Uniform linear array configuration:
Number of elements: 12
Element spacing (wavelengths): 0.75
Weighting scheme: hann
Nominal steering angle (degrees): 60
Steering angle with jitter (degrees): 61.952
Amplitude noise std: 0.05
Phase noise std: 0.05

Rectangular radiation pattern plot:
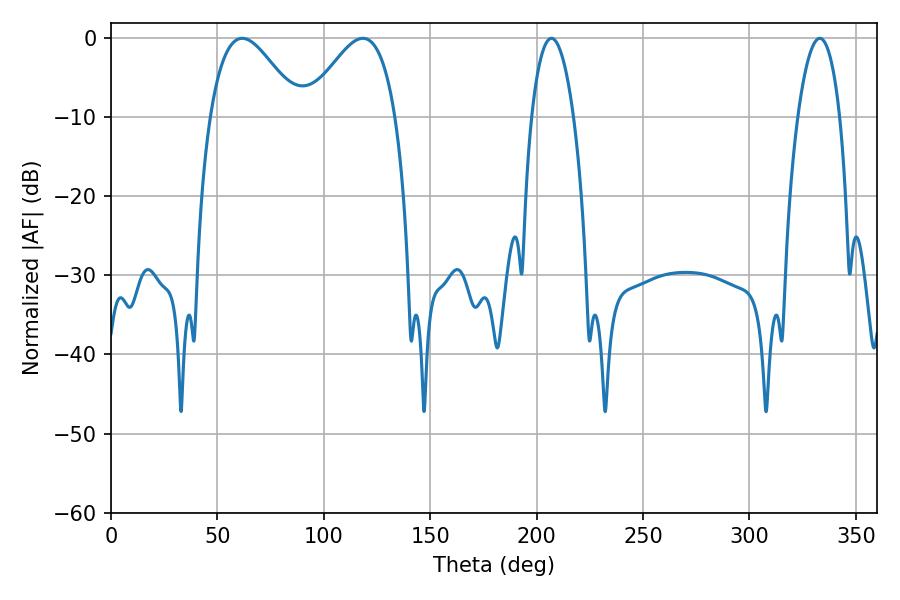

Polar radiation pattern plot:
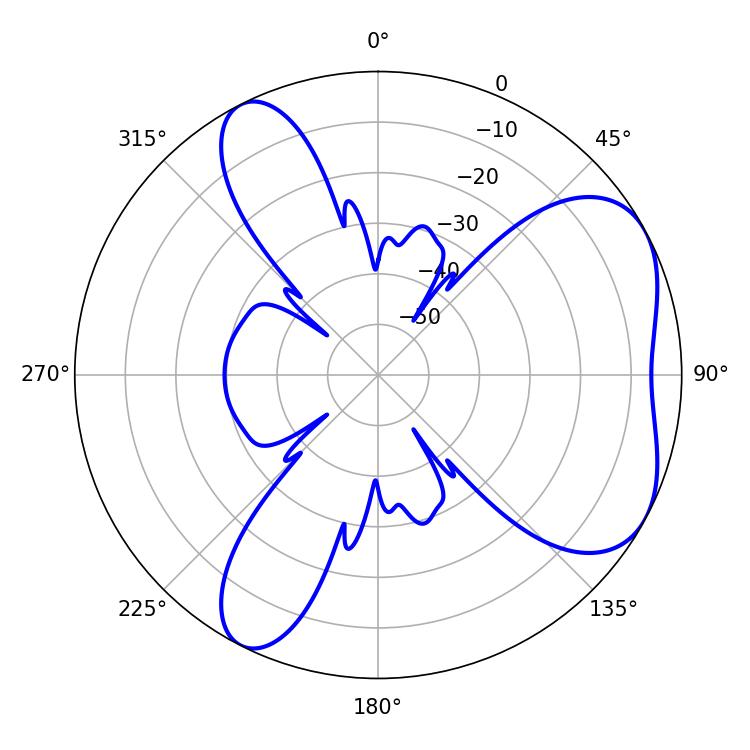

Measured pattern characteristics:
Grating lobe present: TRUE
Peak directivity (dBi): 5.28
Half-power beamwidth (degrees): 22.5
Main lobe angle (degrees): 61.74